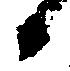
候